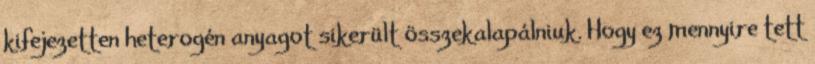
kifejezetten heterogén anyagot sikerült összekalapálniuk. Hogy ez mennyire tett